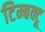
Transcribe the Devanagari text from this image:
टिम्बक्टू